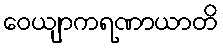
ဝေယျာကရဏာယာတိ